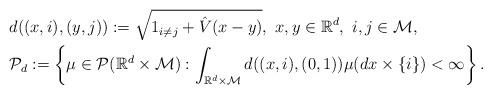
LaTeX: \begin{align*}&d((x,i), (y,j)):= \sqrt {\mathcal\mathbb 1_{i \neq j}+ \hat V(x- y)},~x,y \in \mathbb R^d, ~i,j \in \mathcal M,\\&\mathcal P_d:=\left\{ \mu \in \mathcal P(\mathbb R^d \times \mathcal M): \int_{\mathbb R^d \times \mathcal M} d((x,i), (0,1))\mu(dx\times \{i\})< \infty \right\}.\end{align*}